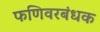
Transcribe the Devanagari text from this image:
फणिवरबंधक